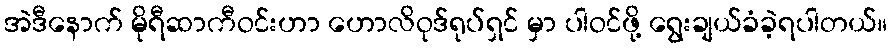
အဲဒီနောက် မိုရီဆာကီဝင်းဟာ ဟောလိဝုဒ်ရုပ်ရှင် မှာ ပါဝင်ဖို့ ရွေးချယ်ခံခဲ့ရပါတယ်။